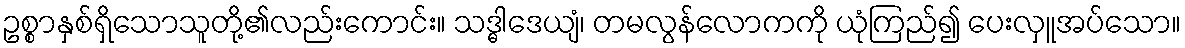
ဥစ္စာနှစ်ရှိသောသူတို့၏လည်းကောင်း။ သဒ္ဓါဒေယျံ၊ တမလွန်လောကကို ယုံကြည်၍ ပေးလှူအပ်သော။